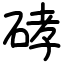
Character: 硣